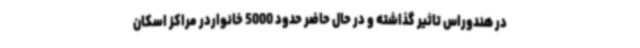
در هندوراس تاثیر گذاشته و در حال حاضر حدود 5000 خانواردر مراکز اسکان